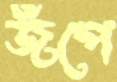
জঁপে